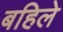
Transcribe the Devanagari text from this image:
बहिले